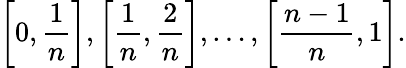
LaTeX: \left[0,{\frac{1}{n}}\right],\left[{\frac{1}{n}},{\frac{2}{n}}\right],\ldots,\left[{\frac{n-1}{n}},1\right].